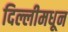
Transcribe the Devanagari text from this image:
दिल्लीमधून